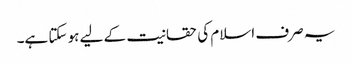
یہ صرف اسلام کی حقانیت کے لیے ہو سکتا ہے۔